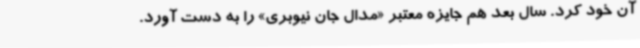
آن خود کرد. سال بعد هم جایزه‌ معتبر «مدال جان نیوبری» را به دست آورد.